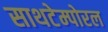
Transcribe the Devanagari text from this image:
साथटेम्पोरल